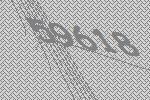
59618